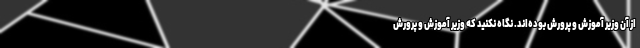
از آن وزیر آموزش و پرورش بوده‌اند. نگاه نکنید که وزیر آموزش و پرورش